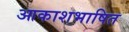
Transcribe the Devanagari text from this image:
आकाशभाषित